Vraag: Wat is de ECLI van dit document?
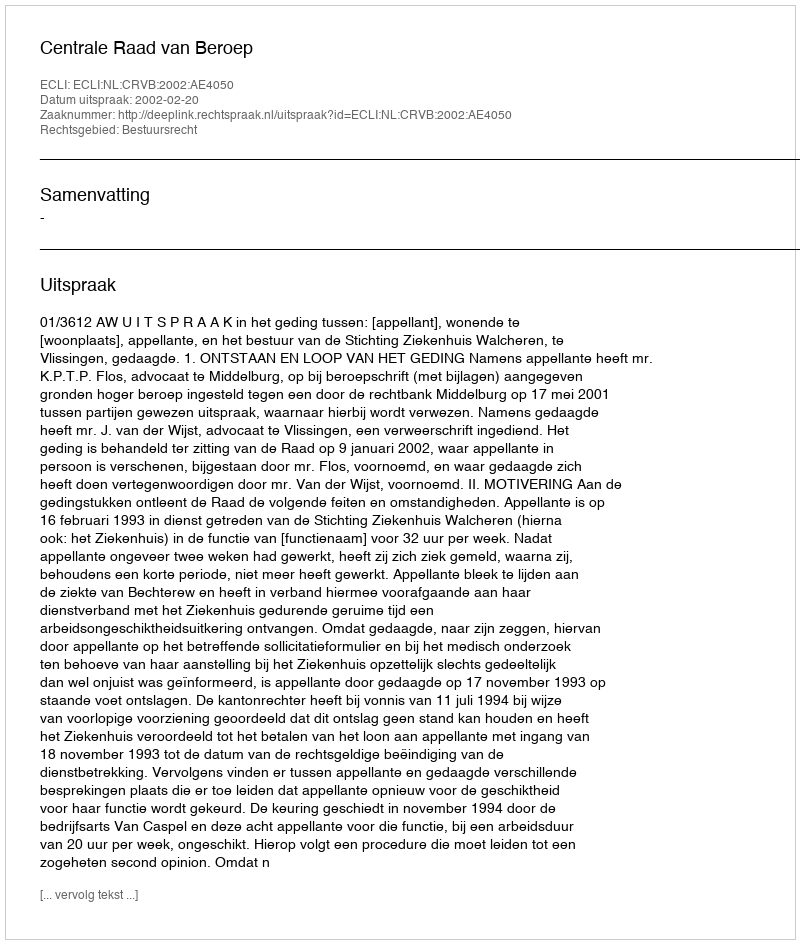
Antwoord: ECLI:NL:CRVB:2002:AE4050